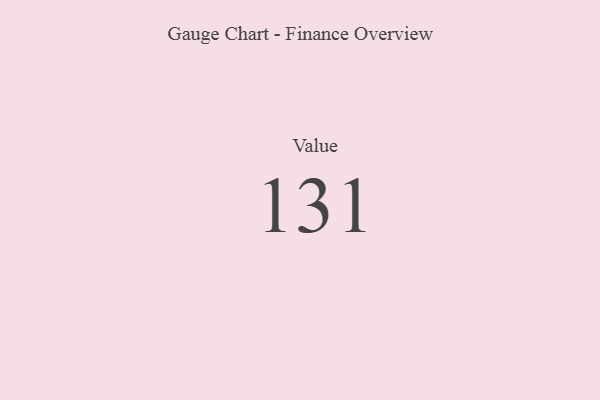
{"axis": {"x": "Metric", "y": "Value"}, "legend": [""], "data": [{"x": "Value", "y": 131, "type": ""}]}